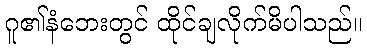
ဂူ၏နံဘေးတွင် ထိုင်ချလိုက်မိပါသည်။